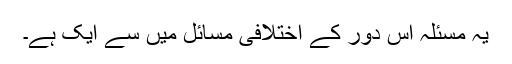
یہ مسئلہ اس دور کے اختلافی مسائل میں سے ایک ہے۔